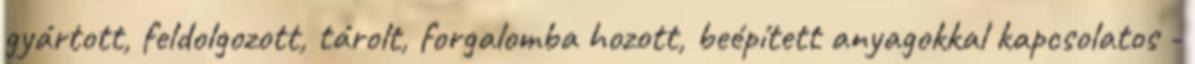
gyártott, feldolgozott, tárolt, forgalomba hozott, beépített anyagokkal kapcsolatos -